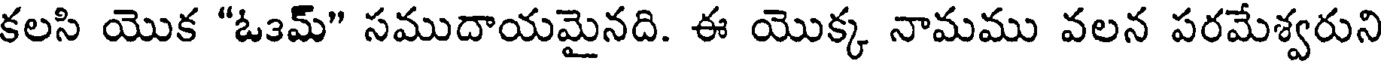
కలసి యొక "ఓ౩మ్" సముదాయమైనది. ఈ యొక్క నామము వలన పరమేశ్వరుని